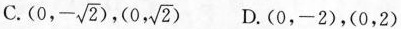
C.(0,- \sqrt{2})， (0, \sqrt{2}) D.(0，-2)，(0，2)